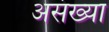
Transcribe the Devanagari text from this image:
असंख्या